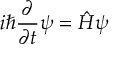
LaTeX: i \hbar { \frac { \partial } { \partial t } } \psi = { \hat { H } } \psi